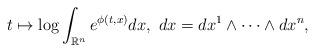
LaTeX: \begin{align*}t \mapsto \log\int_{\mathbb R^n} e^{\phi(t,x)} dx, \ dx=dx^1\wedge \cdots \wedge dx^n,\end{align*}